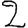
Digit: 2